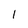
Character: 1